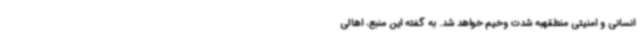
انسانی و امنیتی منطقهبه شدت وخیم خواهد شد. به گفته این منبع، اهالی